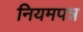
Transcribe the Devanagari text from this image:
नियमपत्र